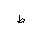
Letter: _da